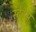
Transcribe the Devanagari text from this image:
स्टेट्स्